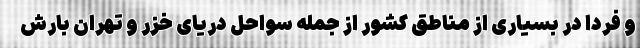
و فردا در بسیاری از مناطق کشور از جمله سواحل دریای خزر و تهران بارش